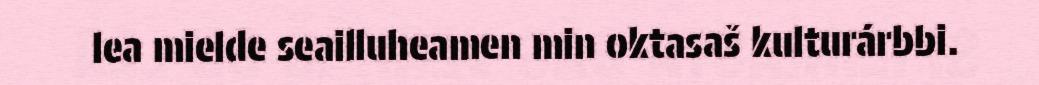
lea mielde seailluheamen min oktasaš kulturárbbi.